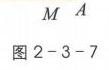
\(M\quad A\)
图2 - 3 - 7